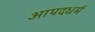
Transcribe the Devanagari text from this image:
आपदधर्म